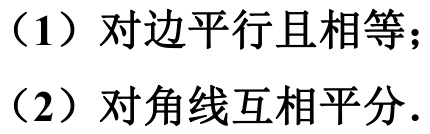
（1）对边平行且相等；
（2）对角线互相平分.